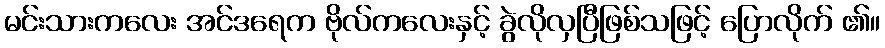
မင်းသားကလေး အင်ဒရေက ဗိုလ်ကလေးနှင့် ခွဲလိုလှပြီဖြစ်သဖြင့် ပြောလိုက် ၏။